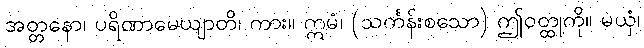
အတ္တနော၊ ပရိဏာမေယျာတိ၊ ကား။ ဣမံ၊ (သင်္ကန်းစသော) ဤဝတ္ထုကို။ မယှံ၊